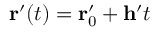
\mathbf { r } ^ { \prime } ( t ) = \mathbf { r } _ { 0 } ^ { \prime } + \mathbf { h } ^ { \prime } t